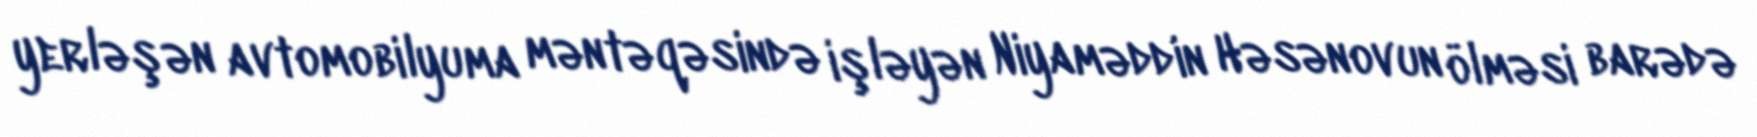
yerləşən avtomobilyuma məntəqəsində işləyən Niyaməddin Həsənovun ölməsi barədə